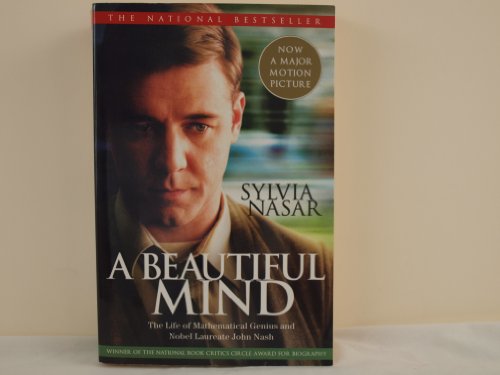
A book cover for A Beautiful Mind John Nash; Sylvia Nasar; Health, Fitness & Dieting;